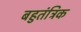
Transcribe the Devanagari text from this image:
बहुतंत्रिक